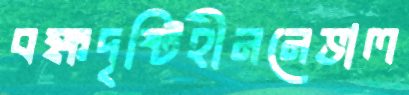
বক্ষদৃষ্টিহীননেভাল